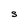
Character: S